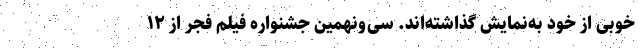
خوبی از خود به‌نمایش گذاشته‌اند. سی‌ونهمین جشنواره فیلم فجر از ۱۲